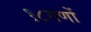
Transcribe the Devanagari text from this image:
१८गणों